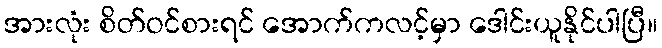
အားလုံး စိတ်ဝင်စားရင် အောက်ကလင့်မှာ ဒေါင်းယူနိုင်ပါပြီ။